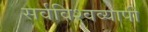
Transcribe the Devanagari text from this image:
सर्वविश्वव्यापी